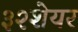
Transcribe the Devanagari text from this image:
३२शेयर